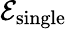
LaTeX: \mathcal{E}_{\textrm{{single}}}